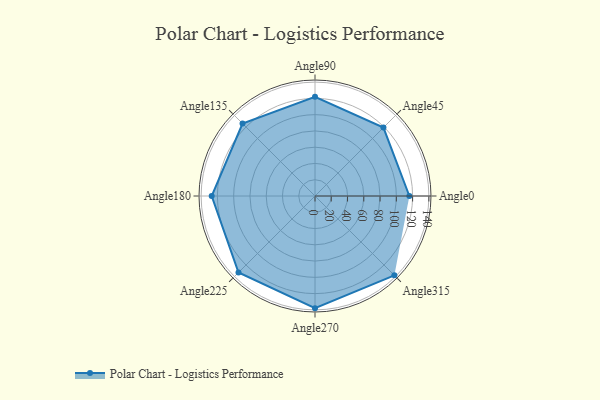
{"axis": {"x": "Angle", "y": "Radius"}, "legend": [""], "data": [{"x": "Angle0", "y": 116.0, "type": ""}, {"x": "Angle45", "y": 119.0, "type": ""}, {"x": "Angle90", "y": 122.0, "type": ""}, {"x": "Angle135", "y": 126.0, "type": ""}, {"x": "Angle180", "y": 127.0, "type": ""}, {"x": "Angle225", "y": 133.0, "type": ""}, {"x": "Angle270", "y": 138.0, "type": ""}, {"x": "Angle315", "y": 138.0, "type": ""}]}